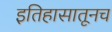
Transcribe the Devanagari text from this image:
इतिहासातूनच